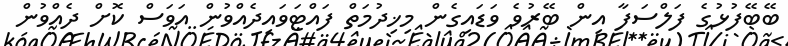
ބޭބޭފުޅުގެ ފަލްސަފާ އިން ބޭރުވެ ވަޑައިގެން މިޚިދުމަތް ފައްޓަވައިދެއްވުން އަވަސް ކޮށް ދެއްވުން